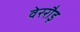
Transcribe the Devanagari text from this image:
वेररौड़